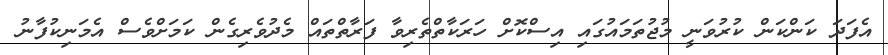
އެފަދަ ކަންކަން ކުރުވަނީ މުޖުތަމައުގައި އިސްކޮށް ހަރަކާތްތެރިވާ ފަރާތްތައް މެދުވެރިގެން ކަމަށްވެސް އެމަނިކުފާނު